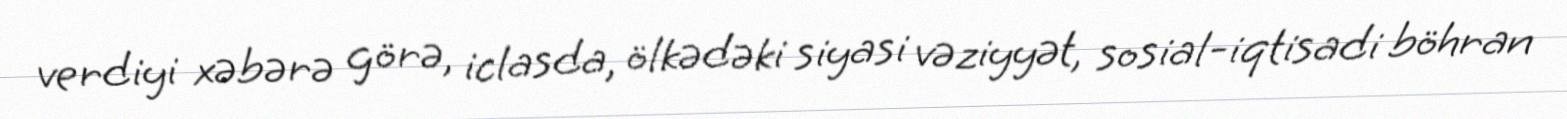
verdiyi xəbərə görə, iclasda, ölkədəki siyasi vəziyyət, sosial-iqtisadi böhran